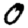
Digit: 0